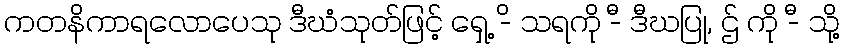
ကတနိကာရလောပေသု ဒီဃံသုတ်ဖြင့် ရှေ့ -ိ သရကို -ီ ဒီဃပြု, ဌ် ကို -ီ သို့